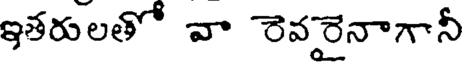
ఇతరులతో వా రెవరైనాగానీ